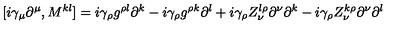
[ i \gamma _ { \mu } \partial ^ { \mu } , M ^ { k l } ] = i \gamma _ { \rho } g ^ { \rho l } \partial ^ { k } - i \gamma _ { \rho } g ^ { \rho k } \partial ^ { l } + i \gamma _ { \rho } Z _ { \nu } ^ { l \rho } \partial ^ { \nu } \partial ^ { k } - i \gamma _ { \rho } Z _ { \nu } ^ { k \rho } \partial ^ { \nu } \partial ^ { l }